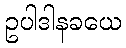
ဥပါဒါနခယေ